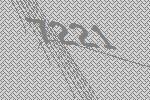
7221